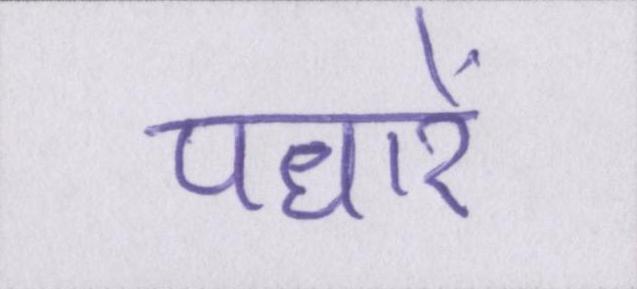
पधारें